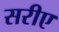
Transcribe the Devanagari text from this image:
सरीए